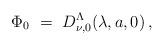
LaTeX: \begin{align*}\Phi_0\ =\ D^\Lambda_{\nu,0} (\lambda,a,0)\,,\end{align*}